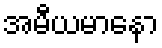
အမီယမာနော